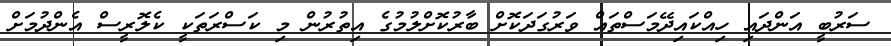
ސަރުބީ އަންދައި ހިއްކައިދޭމަސްތައް ވަރުގަދަކޮށް ބާރުކޮށްލުމުގެ އިތުރުން މި ކަސްރަތަކީ ކެލޮރީސް އެންދުމަށް